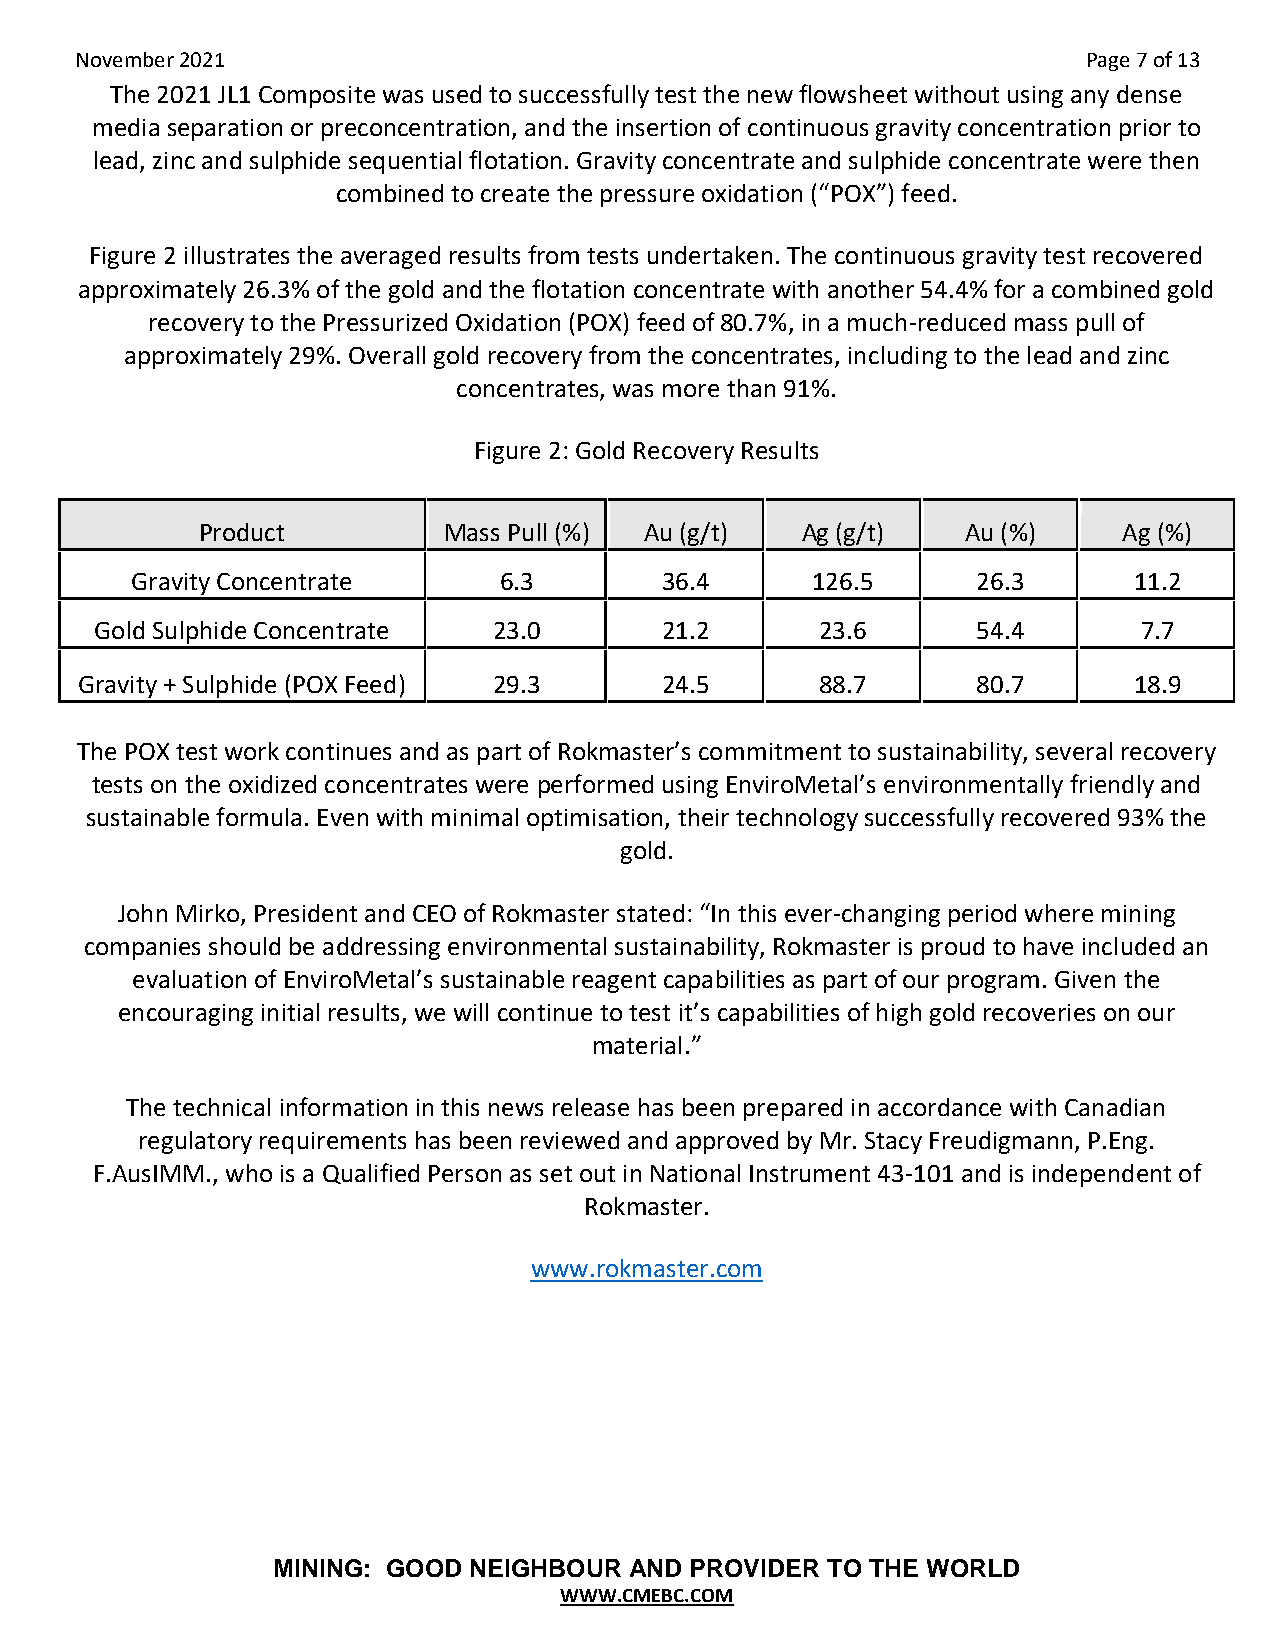
November 2021                                                      Page 7 of 13
 The 2021 JL1 Composite was used to successfully test the new flowsheet without using any dense
 media separation or preconcentration, and the insertion of continuous gravity concentration prior to
 lead, zinc and sulphide sequential flotation. Gravity concentrate and sulphide concentrate were then
 combined to create the pressure oxidation (“POX”) feed.
 Figure 2 illustrates the averaged results from tests undertaken. The continuous gravity test recovered
 approximately 26.3% of the gold and the flotation concentrate with another 54.4% for a combined gold
 recovery to the Pressurized Oxidation (POX) feed of 80.7%, in a much-reduced mass pull of
 approximately 29%. Overall gold recovery from the concentrates, including to the lead and zinc
 concentrates, was more than 91%.
 Figure 2: Gold Recovery Results
 Product         Mass Pull (%) Au (g/t)  Ag (g/t)   Au (%)    Ag (%)
 Gravity Concentrate     6.3        36.4      126.5      26.3      11.2
 Gold Sulphide Concentrate  23.0       21.2      23.6       54.4       7.7
 Gravity + Sulphide (POX Feed) 29.3     24.5      88.7       80.7      18.9
 The POX test work continues and as part of Rokmaster’s commitment to sustainability, several recovery
 tests on the oxidized concentrates were performed using EnviroMetal’s environmentally friendly and
 sustainable formula. Even with minimal optimisation, their technology successfully recovered 93% the
 gold.
 John Mirko, President and CEO of Rokmaster stated: “In this ever-changing period where mining
 companies should be addressing environmental sustainability, Rokmaster is proud to have included an
 evaluation of EnviroMetal’s sustainable reagent capabilities as part of our program. Given the
 encouraging initial results, we will continue to test it’s capabilities of high gold recoveries on our
 material.”
 The technical information in this news release has been prepared in accordance with Canadian
 regulatory requirements has been reviewed and approved by Mr. Stacy Freudigmann, P.Eng.
 F.AusIMM., who is a Qualified Person as set out in National Instrument 43-101 and is independent of
 Rokmaster.
 www.rokmaster.com
 MINING: GOOD NEIGHBOUR  AND PROVIDER TO THE WORLD
 WWW.CMEBC.COM